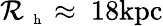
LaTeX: \mathcal{R}_{\mathrm{{~\scriptsize~h~}}}\approx~18\mathrm{{kpc}}